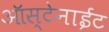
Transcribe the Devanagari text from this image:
ऑस्टेनाईट